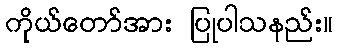
ကိုယ်တော်အား ပြုပါသနည်း။